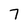
Character: 7